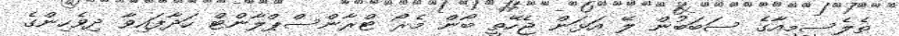
ތެލެސީމިއާގެ ސަބަބުން ލޭ އަޅަން ޖެހޭތީ ބޯން މެރޯ ޓްރާންސްޕްލާންޓް ހަދާފައިވާ ދިވެހިންގެ